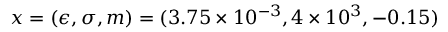
\displaystyle \boldsymbol { x } = ( \epsilon , \sigma , m ) = ( 3 . 7 5 \times 1 0 ^ { - 3 } , 4 \times 1 0 ^ { 3 } , - 0 . 1 5 )